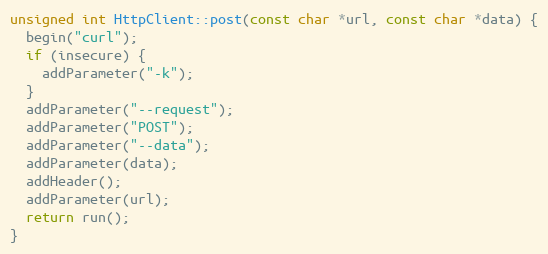
Language: C++
unsigned int HttpClient::post(const char *url, const char *data) {
  begin("curl");
  if (insecure) {
    addParameter("-k");
  }
  addParameter("--request");
  addParameter("POST");
  addParameter("--data");
  addParameter(data);
  addHeader();
  addParameter(url);
  return run();
}